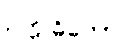
ဥက္ကုဓိတော